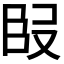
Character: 𭆬